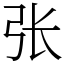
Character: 张